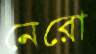
নেরো